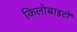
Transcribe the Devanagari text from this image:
किलोबाइटों